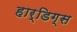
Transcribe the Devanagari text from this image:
हार्डिग्स